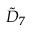
{ \tilde { D } } _ { 7 }